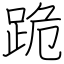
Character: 跪